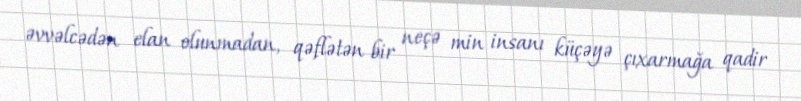
əvvəlcədən elan olunmadan, qəflətən bir neçə min insanı küçəyə çıxarmağa qadir